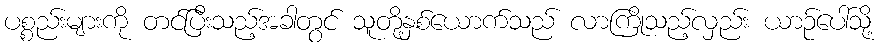
ပစ္စည်းများကို တင်ပြီးသည့်အခါတွင် သူတို့နှစ်ယောက်သည် လာကြိုသည့်လှည်း ယာဉ်ပေါ်သို့